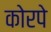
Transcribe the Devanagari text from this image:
कोरपे